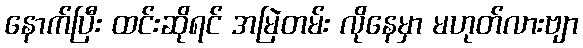
နောက်ပြီး ထင်းဆိုရင် အမြဲတမ်း လိုနေမှာ မဟုတ်လားဗျာ